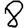
Digit: 8